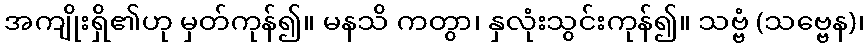
အကျိုးရှိ၏ဟု မှတ်ကုန်၍။ မနသိ ကတွာ၊ နှလုံးသွင်းကုန်၍။ သဗ္ဗံ (သဗ္ဗေန)၊